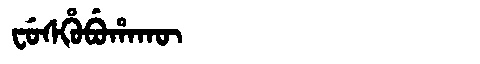
Manchu: ᠸᡠᠰᡥᡠᠪᡠᡥᠠᡴᡡ
Romanization: FUSHUBUHAKŪ